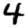
Digit: 4